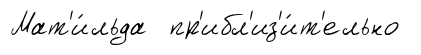
Мат'и́льда пр'ибл'из'и́т'ельно